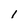
Character: 1